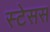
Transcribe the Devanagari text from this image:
स्टेसस